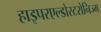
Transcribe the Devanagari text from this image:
हाइपरएल्डोस्टरोनिज्म